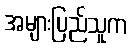
အများပြည်သူက